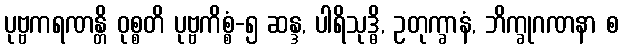
ပုဗ္ဗကရဏန္တိ ဝုစ္စတိ ပုဗ္ဗကိစ္စံ-၅ ဆန္ဒ, ပါရိသုဒ္ဓိ, ဥတုက္ခာနံ, ဘိက္ခုဂဏနာ စ